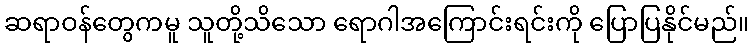
ဆရာဝန်တွေကမူ သူတို့သိသော ရောဂါအကြောင်းရင်းကို ပြောပြနိုင်မည်။